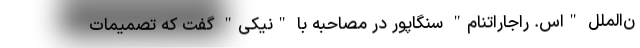
ن‌الملل "اس. راجاراتنام" سنگاپور در مصاحبه با "نیکی" گفت که تصمیمات